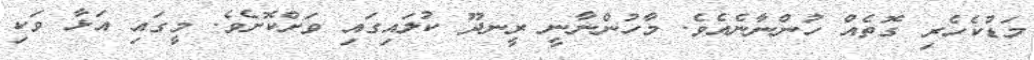
މަޑުކެހެރި ގޮތެއް ހުންނާނެއެވެ. މާހުންނާނީ ރީނދޫ ކުލައިގައި ވަށްކޮށެވެ. މީގައި އަޅާ ވަކި